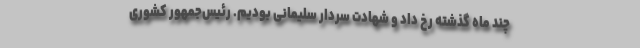
چند ماه گذشته رخ داد و شهادت سردار سلیمانی بودیم. رئیس‌جمهور کشوری